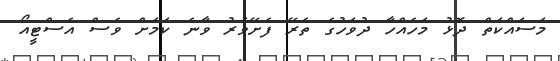
މަސައްކަތް ދޮޅު މަހެއްހާ ދުވަހުގެ ތެރޭ ފެށޭވަރު ވާނެ ކަމަށް ވެސް އެސްޓީއޯ